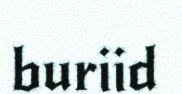
buriid